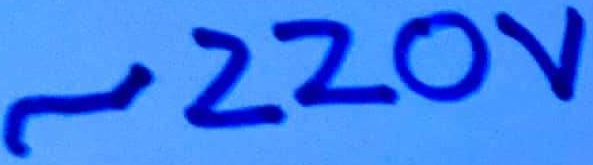
Text: ~220V